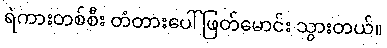
ရဲကားတစ်စီး တံတားပေါ် ဖြတ်မောင်း သွားတယ်။